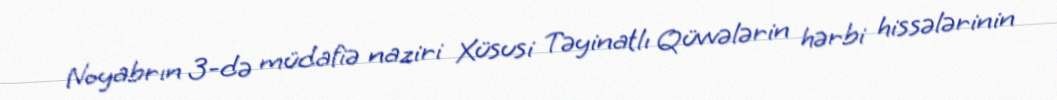
Noyabrın 3-də müdafiə naziri Xüsusi Təyinatlı Qüvvələrin hərbi hissələrinin